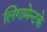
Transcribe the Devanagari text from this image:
लिगामेन्टके